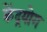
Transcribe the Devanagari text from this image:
केंद्रयोग